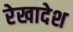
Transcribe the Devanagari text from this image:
रेखादेश